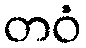
တဝံ